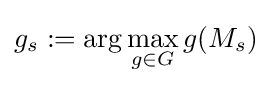
g_{s}:=\arg \max _{g\in G}g(M_{s})